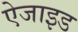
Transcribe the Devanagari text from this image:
ऐजाइड